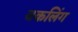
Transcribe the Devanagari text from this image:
बकलिंग